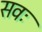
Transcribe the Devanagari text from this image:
सवः